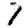
Digit: 7